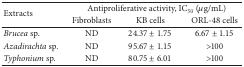
| <ROWSPAN=2> Extracts | <COLSPAN=3> Antiproliferative activity, IC50 (μg/mL) |
 | Fibroblasts | KB cells | ORL-48 cells |
 | --- | --- | --- | --- |
 | Brucea sp. | ND | 24.37 ± 1.75 | 6.67 ± 1.15 |
 | Azadirachta sp. | ND | 95.67 ± 1.15 | >100 |
 | Typhonium sp. | ND | 80.75 ± 6.01 | >100 |